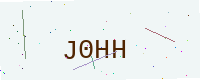
Text: J0HH